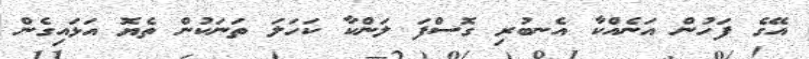
އޭގެ ފަހުން އަނެއްކާ އެނބުރި ގޮސްފަ ލަންކާ ކަހަލަ ތަނަކުން ތެޔޮ އަޅައިގެން